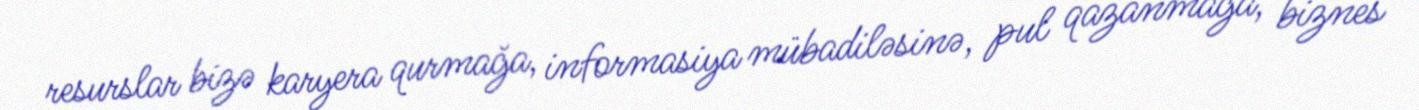
resurslar bizə karyera qurmağa, informasiya mübadiləsinə, pul qazanmağa, biznes